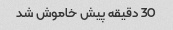
30 دقیقه پیش خاموش شد